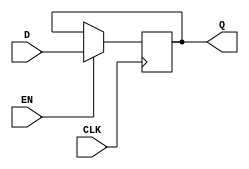
module d_latch(
    input D,
    input CLK,
    input EN,
    output reg Q
);

always @(posedge CLK) begin
    if (EN) begin
        Q <= D;
    end
end

endmodule